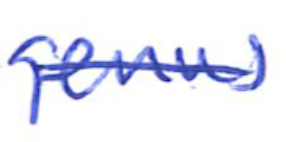
Text: genus
Cross-out: single-line
Writing tool: ballpoint